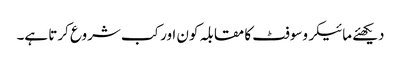
دیکھئے مائیکروسوفٹ کا مقابلہ کون اور کب شروع کرتا ہے۔